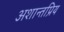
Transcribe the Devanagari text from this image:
अशान्तप्रिय